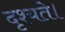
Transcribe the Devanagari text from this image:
दृश्यते।